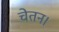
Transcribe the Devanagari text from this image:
चेतन।